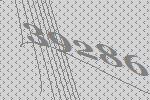
39286